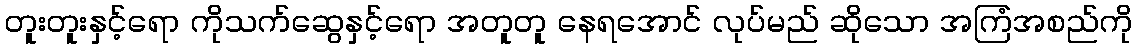
တူးတူးနှင့်ရော ကိုသက်ဆွေနှင့်ရော အတူတူ နေရအောင် လုပ်မည် ဆိုသော အကြံအစည်ကို